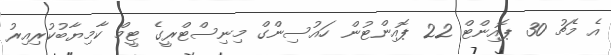
އެ މެޗު 30 ޕޮއިންޓް 22 ޕޮއިންޓުން ހައުސިންގް މިނިސްޓްރީގެ ޓީމް ކާމިޔާބުކުރިއިރު